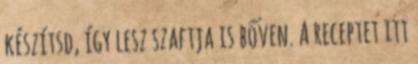
készítsd, így lesz szaftja is bőven. A receptet itt